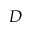
D